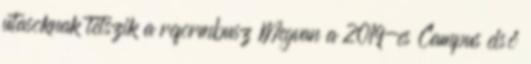
utasoknak tetszik a reformbusz Megvan a 2019-es Campus első